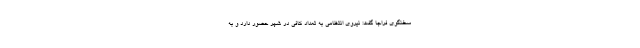
سخنگوی فراجا گفت: نیروی انتظامی به تعداد کافی در شهر حضور دارد و به